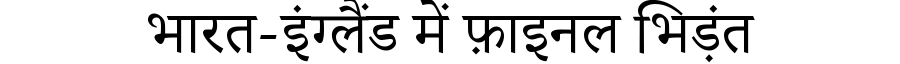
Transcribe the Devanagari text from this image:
भारत-इंग्लैंड में फ़ाइनल भिड़ंत